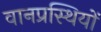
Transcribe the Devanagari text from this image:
वानप्रस्थियों